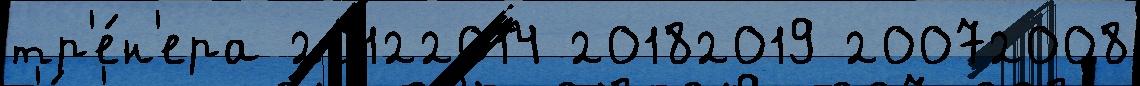
тр'е́н'ера 20122014 20182019 20072008